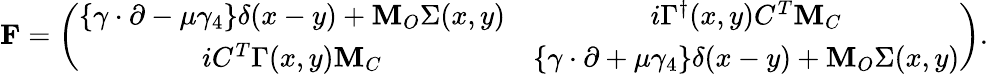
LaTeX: {\mathbf F}=\left(\begin{array}{cc}{{\left\{ \gamma\cdot{\partial}-\mu\gamma_{4}\right\} \delta(x-y)+{\mathbf M}_{O}\Sigma(x,y)}}&{{i\Gamma^{\dagger}(x,y)C^{T}{\mathbf M}_{C}}}\\ {{iC^{T}\Gamma(x,y){\mathbf M}_{C}}}&{{\left\{ \gamma\cdot{\partial}+\mu\gamma_{4}\right\} \delta(x-y)+{\mathbf M}_{O}\Sigma(x,y)}}\end{array}\right).